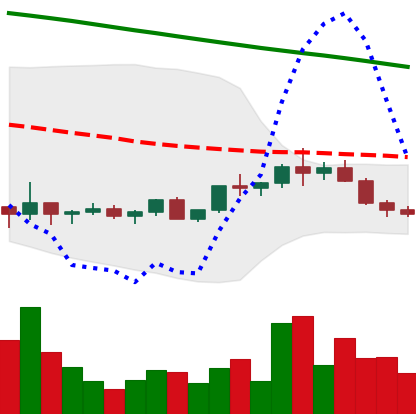
Ticker: ADA-USD
Chart end date: 2022-02-13
Forward return: -4.657%
Label: down_3_5